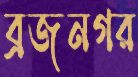
ব্রজনগর